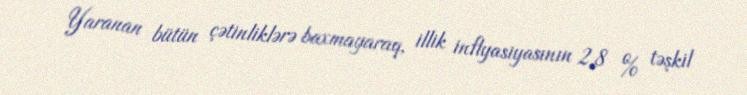
Yaranan bütün çətinliklərə baxmayaraq, illik inflyasiyasının 2,8 % təşkil